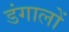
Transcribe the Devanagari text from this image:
डंगालों